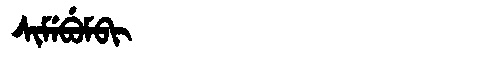
Manchu: ᠰᡳᠮᡝᠪᡠᠮᠪᡳ
Romanization: SIMEBUMBI